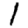
Digit: 1